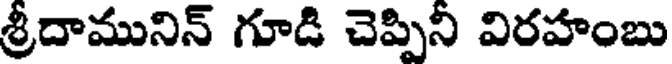
శ్రీదామునిన్ గూడి చెప్పిని విరహంబు